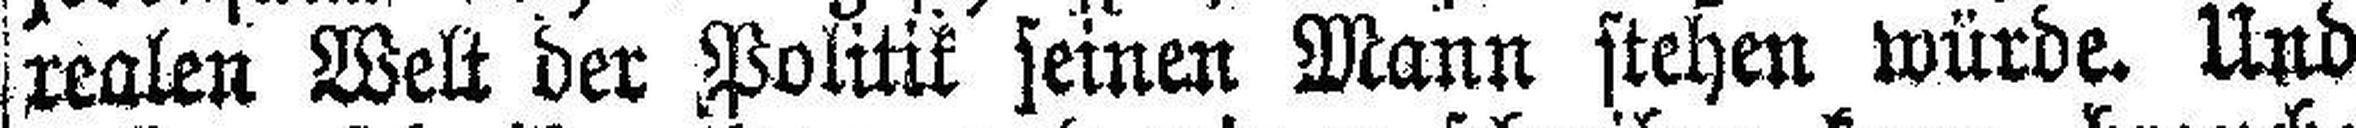
realen Welt der Politik seinen Mann stehen würde. Und